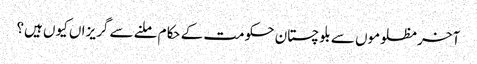
آخر مظلوموں سے بلوچستان حکومت کے حکام ملنے سے گریزاں کیوں ہیں؟